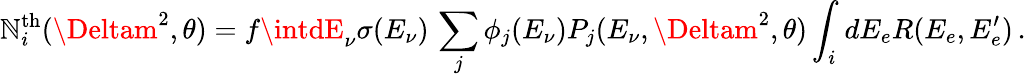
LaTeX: \mathbb{N}_{i}^{\mathrm{{th}}}(\Deltam^{2},\theta)=f\intdE_{\nu}\sigma(E_{\nu})\, \sum_{j}\phi_{j}(E_{\nu})P_{j}(E_{\nu},\Deltam^{2},\theta)\int_{i}dE_{e}R(E_{e},E_{e}^{\prime})\, .